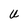
Character: U